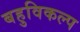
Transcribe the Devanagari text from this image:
बहुविकल्प